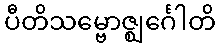
ပီတိသမ္ဗောဇ္ဈင်္ဂေါတိ